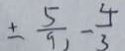
\pm \frac { 5 } { 9 } , - \frac { 4 } { 3 }